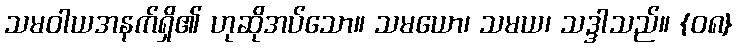
သမဝါယအနက်ရှိ၏ ဟုဆိုအပ်သော။ သမယော၊ သမယ၊ သဒ္ဒါသည်။ {၀၈}